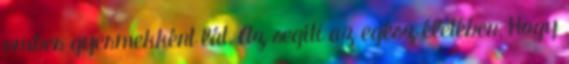
ember gyermekként lát, Az segíti az egész életében, Hogy